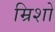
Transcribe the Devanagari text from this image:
म्रिशो